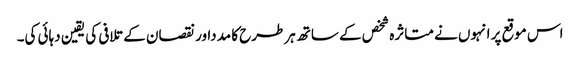
اس موقع پر انہوں نے متاثرہ شخص کے ساتھ ہرطرح کا مدداور نقصان کے تلافی کی یقین دہائی کی۔